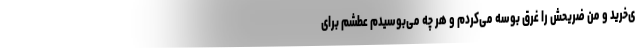
ی‌خرید و من ضریحش را غرق بوسه می‌کردم و هر چه می‌بوسیدم عطشم برای